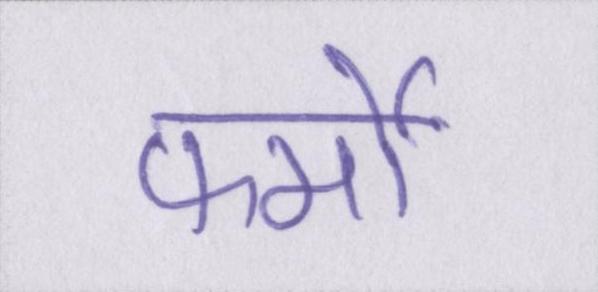
फर्मों